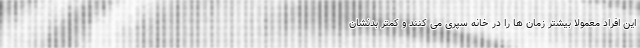
این افراد معمولاً بیشتر زمان ها را در خانه سپری می کنند و کمتر بدنشان